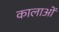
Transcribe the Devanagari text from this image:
कालाओं